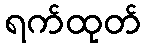
ရက်ထုတ်